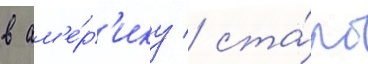
в ам'е́р'ику / ста́ло